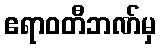
ဧရာဝတီဘဏ်မှ